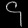
Digit: ၄